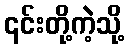
၎င်းတို့ကဲ့သို့